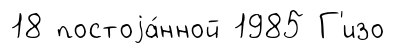
18 постоjа́нной 1985 Г'изо